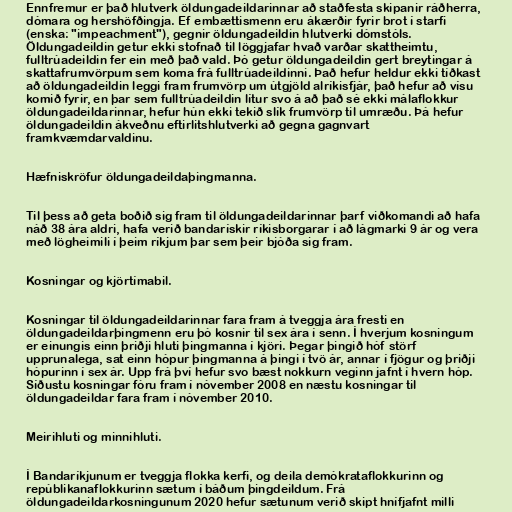
Ennfremur er það hlutverk öldungadeildarinnar að staðfesta skipanir ráðherra,
dómara og hershöfðingja. Ef embættismenn eru ákærðir fyrir brot í starfi
(enska: "impeachment"), gegnir öldungadeildin hlutverki dómstóls.
Öldungadeildin getur ekki stofnað til löggjafar hvað varðar skattheimtu,
fulltrúadeildin fer ein með það vald. Þó getur öldungadeildin gert breytingar á
skattafrumvörpum sem koma frá fulltrúadeildinni. Það hefur heldur ekki tíðkast
að öldungadeildin leggi fram frumvörp um útgjöld alríkisfjár, það hefur að vísu
komið fyrir, en þar sem fulltrúadeildin lítur svo á að það sé ekki málaflokkur
öldungadeildarinnar, hefur hún ekki tekið slík frumvörp til umræðu. Þá hefur
öldungadeildin ákveðnu eftirlitshlutverki að gegna gagnvart
framkvæmdarvaldinu.

Hæfniskröfur öldungadeildaþingmanna.

Til þess að geta boðið sig fram til öldungadeildarinnar þarf viðkomandi að hafa
náð 38 ára aldri, hafa verið bandarískir ríkisborgarar í að lágmarki 9 ár og vera
með lögheimili í þeim ríkjum þar sem þeir bjóða sig fram.

Kosningar og kjörtímabil.

Kosningar til öldungadeildarinnar fara fram á tveggja ára fresti en
öldungadeildarþingmenn eru þó kosnir til sex ára í senn. Í hverjum kosningum
er einungis einn þriðji hluti þingmanna í kjöri. Þegar þingið hóf störf
upprunalega, sat einn hópur þingmanna á þingi í tvö ár, annar í fjögur og þriðji
hópurinn í sex ár. Upp frá því hefur svo bæst nokkurn veginn jafnt í hvern hóp.
Síðustu kosningar fóru fram í nóvember 2008 en næstu kosningar til
öldungadeildar fara fram í nóvember 2010.

Meirihluti og minnihluti.

Í Bandaríkjunum er tveggja flokka kerfi, og deila demókrataflokkurinn og
repúblikanaflokkurinn sætum í báðum þingdeildum. Frá
öldungadeildarkosningunum 2020 hefur sætunum verið skipt hnífjafnt milli